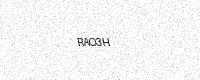
Text: RAO3H